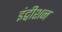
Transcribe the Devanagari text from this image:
इंट्वीशन